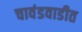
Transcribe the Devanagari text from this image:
चावंडवाडीत